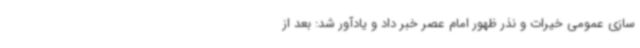
سازی عمومی خیرات و نذر ظهور امام عصر خبر داد و یادآور شد: بعد از